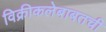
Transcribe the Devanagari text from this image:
विक्रीकलेबाबतची